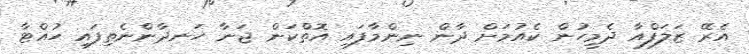
އެރޭ ޒަލަފްއާ ދެމީހުން ކެއުމަށް ދާން ނިންމާފައި އޮތްކަން ޖަނާ ހަނދާންނެތިފައި ހުއްޓާ